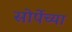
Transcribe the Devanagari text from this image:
सोर्पेच्या